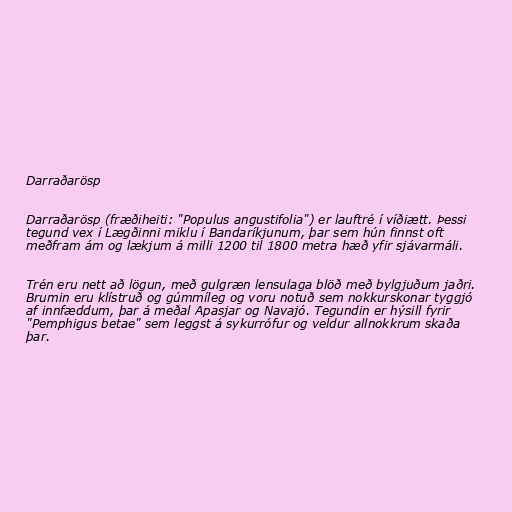
Darraðarösp

Darraðarösp (fræðiheiti: "Populus angustifolia") er lauftré í víðiætt. Þessi
tegund vex í Lægðinni miklu í Bandaríkjunum, þar sem hún finnst oft
meðfram ám og lækjum á milli 1200 til 1800 metra hæð yfir sjávarmáli.

Trén eru nett að lögun, með gulgræn lensulaga blöð með bylgjuðum jaðri.
Brumin eru klístruð og gúmmíleg og voru notuð sem nokkurskonar tyggjó
af innfæddum, þar á meðal Apasjar og Navajó. Tegundin er hýsill fyrir
"Pemphigus betae" sem leggst á sykurrófur og veldur allnokkrum skaða
þar.